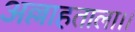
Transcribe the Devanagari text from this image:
अल्लाहताला।।